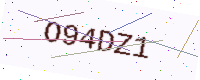
Text: O94DZ1